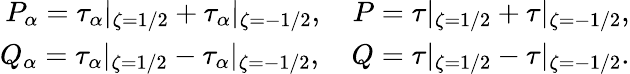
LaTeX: \begin{array}{r}{P_{\alpha}=\tau_{\alpha}|_{\zeta=1/2}+\tau_{\alpha}|_{\zeta=-1/2},\quad P=\tau|_{\zeta=1/2}+\tau|_{\zeta=-1/2},}\\ {Q_{\alpha}=\tau_{\alpha}|_{\zeta=1/2}-\tau_{\alpha}|_{\zeta=-1/2},\quad Q=\tau|_{\zeta=1/2}-\tau|_{\zeta=-1/2}.}\end{array}